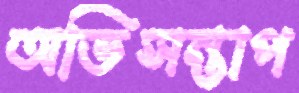
অভিসন্তাপ